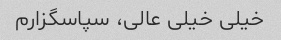
خیلی خیلی عالی، سپاسگزارم